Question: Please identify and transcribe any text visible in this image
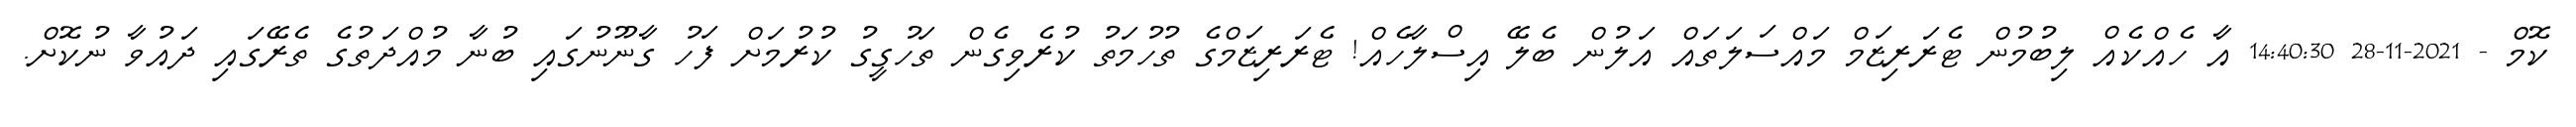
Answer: ކޮމް - 2021-11-28 14:40:30 އާ ހެއްކެއް ލިބުމުން ޓެރަރިޒަމް މައްސަލަތައް އަލުން ބެލޭ އިސްލާހެއް! ޓެރަރިޒަމްގެ ތުހުމަތު ކުރެވިގެން ތަހުގީގު ކުރުމަށް ފަހު ގާނޫނުގައި ބުނާ މުއްދަތުގެ ތެރޭގައި ދައުވާ ނުކޮށް.